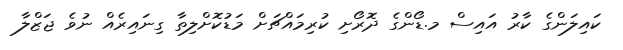
ކައިލަންގެ ކާރު އައިސް މ.ޑޯންގެ ދޮރޯށި ކުރިމައްޗަށް މަޑުކޮށްލިތާ ގިނައިރެއް ނުވެ ޖަޒްލާ